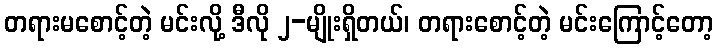
တရားမစောင့်တဲ့ မင်းလို့ ဒီလို ၂-မျိုးရှိတယ်၊ တရားစောင့်တဲ့ မင်းကြောင့်တော့